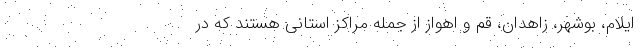
ایلام، بوشهر، زاهدان، قم و اهواز از جمله مراکز استانی هستند که در